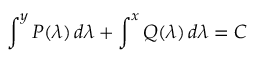
\int ^ { y } P ( \lambda ) \, d \lambda + \int ^ { x } Q ( \lambda ) \, d \lambda = C \,